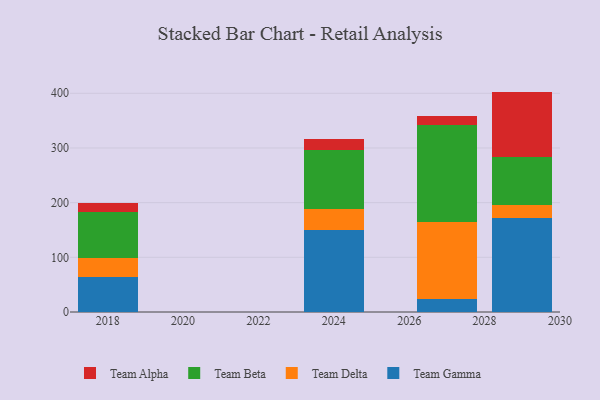
{"axis": {"x": "Year", "y": "Shipments"}, "legend": ["Team Alpha", "Team Beta", "Team Delta", "Team Gamma"], "data": [{"x": "2018", "y": 63.8, "type": "Team Gamma"}, {"x": "2018", "y": 34.5, "type": "Team Delta"}, {"x": "2018", "y": 84.6, "type": "Team Beta"}, {"x": "2018", "y": 15.6, "type": "Team Alpha"}, {"x": "2029", "y": 172.2, "type": "Team Gamma"}, {"x": "2029", "y": 22.9, "type": "Team Delta"}, {"x": "2029", "y": 88.8, "type": "Team Beta"}, {"x": "2029", "y": 119.2, "type": "Team Alpha"}, {"x": "2024", "y": 149.6, "type": "Team Gamma"}, {"x": "2024", "y": 38.9, "type": "Team Delta"}, {"x": "2024", "y": 107.2, "type": "Team Beta"}, {"x": "2024", "y": 21.2, "type": "Team Alpha"}, {"x": "2027", "y": 24.4, "type": "Team Gamma"}, {"x": "2027", "y": 139.8, "type": "Team Delta"}, {"x": "2027", "y": 178.0, "type": "Team Beta"}, {"x": "2027", "y": 16.0, "type": "Team Alpha"}]}